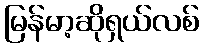
မြန်မာ့ဆိုရှယ်လစ်